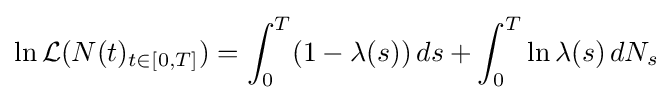
\ln {\mathcal {L}}(N(t)_{t\in [0,T]})=\int _{0}^{T}(1-\lambda (s))\,ds+\int _{0}^{T}\ln \lambda (s)\,dN_{s}